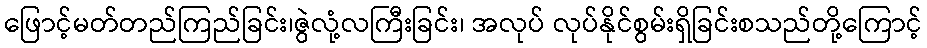
ဖြောင့်မတ်တည်ကြည်ခြင်း၊ဇွဲလုံ့လကြီးခြင်း၊ အလုပ် လုပ်နိုင်စွမ်းရှိခြင်းစသည်တို့ကြောင့်